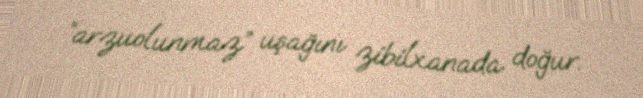
“arzuolunmaz” uşağını zibilxanada doğur.